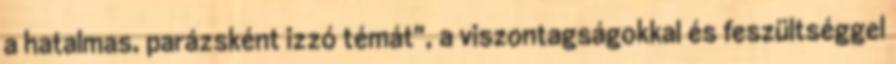
a hatalmas, parázsként izzó témát", a viszontagságokkal és feszültséggel